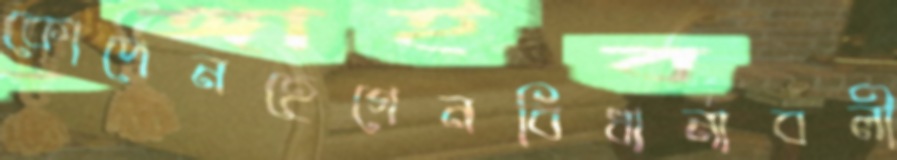
কোপেনহেগেনবিধানাবলী